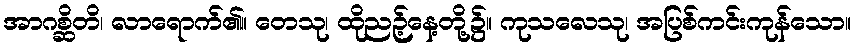
အာဂစ္ဆိတိ၊ လာရောက်၏။ တေသု၊ ထိုညဉ့်နေ့တို့၌။ ကုသလေသု၊ အပြစ်ကင်းကုန်သော။